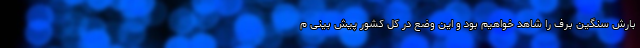
بارش سنگین برف را شاهد خواهیم بود و این وضع در کل کشور پیش بینی م